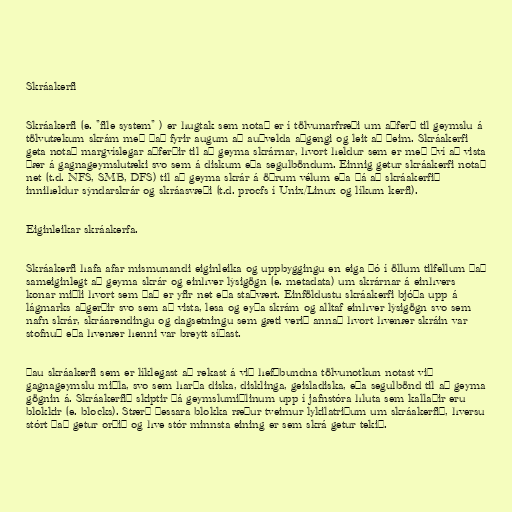
Skráakerfi

Skráakerfi (e. "file system" ) er hugtak sem notað er í tölvunarfræði um aðferð til geymslu á
tölvutækum skrám með það fyrir augum að auðvelda aðgengi og leit að þeim. Skráakerfi
geta notað margvíslegar aðferðir til að geyma skrárnar, hvort heldur sem er með því að vista
þær á gagnageymslutæki svo sem á diskum eða segulböndum. Einnig getur skráakerfi notað
net (t.d. NFS, SMB, DFS) til að geyma skrár á öðrum vélum eða þá að skráakerfið
inniheldur sýndarskrár og skráasvæði (t.d. procfs í Unix/Linux og líkum kerfi).

Eiginleikar skráakerfa.

Skráakerfi hafa afar mismunandi eiginleika og uppbyggingu en eiga þó í öllum tilfellum það
sameiginlegt að geyma skrár og einhver lýsigögn (e. metadata) um skrárnar á einhvers
konar miðli hvort sem það er yfir net eða staðvært. Einföldustu skráakerfi bjóða upp á
lágmarks aðgerðir svo sem að vista, lesa og eyða skrám og alltaf einhver lýsigögn svo sem
nafn skrár, skráarendingu og dagsetningu sem gæti verið annað hvort hvenær skráin var
stofnuð eða hvenær henni var breytt síðast.

Þau skráakerfi sem er líklegast að rekast á við hefðbundna tölvunotkun notast við
gagnageymslu miðla, svo sem harða diska, disklinga, geisladiska, eða segulbönd til að geyma
gögnin á. Skráakerfið skiptir þá geymslumiðlinum upp í jafnstóra hluta sem kallaðir eru
blokkir (e. blocks). Stærð þessara blokka ræður tveimur lykilatriðum um skráakerfið, hversu
stórt það getur orðið og hve stór minnsta eining er sem skrá getur tekið.